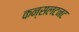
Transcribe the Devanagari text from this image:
कन्सलटनट